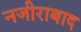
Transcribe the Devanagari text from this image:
नजीराबाद